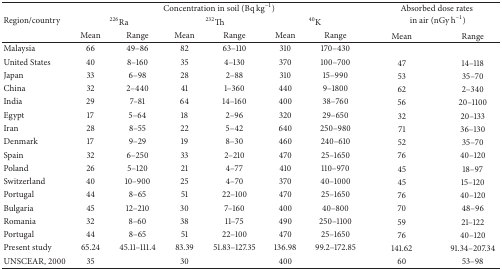
<table><thead><tr><td rowspan="3"><b>Region/country</b></td><td colspan="6"><b>Concentration in soil (Bq kg<sup>−1</sup>)</b></td><td rowspan="2" colspan="2"><b> Absorbed dose ratesin air (nGy h<sup>−1</sup>)</b></td></tr><tr><td colspan="2"><b><sup>226</sup>Ra</b></td><td colspan="2"><b><sup>232</sup>Th</b></td><td colspan="2"><b><sup>40</sup>K</b></td></tr><tr><td><b>Mean</b></td><td><b>Range</b></td><td><b>Mean</b></td><td><b>Range</b></td><td><b>Mean</b></td><td><b>Range</b></td><td><b>Mean</b></td><td><b>Range</b></td></tr></thead><tbody><tr><td>Malaysia</td><td>66</td><td>49–86</td><td>82</td><td>63–110</td><td>310</td><td>170–430</td><td> </td><td> </td></tr><tr><td>United States</td><td>40</td><td>8–160</td><td>35</td><td>4–130</td><td>370</td><td>100–700</td><td>47</td><td>14–118</td></tr><tr><td>Japan</td><td>33</td><td>6–98</td><td>28</td><td>2–88</td><td>310</td><td>15–990</td><td>53</td><td>35–70</td></tr><tr><td>China</td><td>32</td><td>2–440</td><td>41</td><td>1–360</td><td>440</td><td>9–1800</td><td>62</td><td>2–340</td></tr><tr><td>India</td><td>29</td><td>7–81</td><td>64</td><td>14–160</td><td>400</td><td>38–760</td><td>56</td><td>20–1100</td></tr><tr><td>Egypt</td><td>17</td><td>5–64</td><td>18</td><td>2–96</td><td>320</td><td>29–650</td><td>32</td><td>20–133</td></tr><tr><td>Iran</td><td>28</td><td>8–55</td><td>22</td><td>5–42</td><td>640</td><td>250–980</td><td>71</td><td>36–130</td></tr><tr><td>Denmark</td><td>17</td><td>9–29</td><td>19</td><td>8–30</td><td>460</td><td>240–610</td><td>52</td><td>35–70</td></tr><tr><td>Spain</td><td>32</td><td>6–250</td><td>33</td><td>2–210</td><td>470</td><td>25–1650</td><td>76</td><td>40–120</td></tr><tr><td>Poland</td><td>26</td><td>5–120</td><td>21</td><td>4–77</td><td>410</td><td>110–970</td><td>45</td><td>18–97</td></tr><tr><td>Switzerland</td><td>40</td><td>10–900</td><td>25</td><td>4–70</td><td>370</td><td>40–1000</td><td>45</td><td>15–120</td></tr><tr><td>Portugal</td><td>44</td><td>8–65</td><td>51</td><td>22–100</td><td>470</td><td>25–1650</td><td>76</td><td>40–120</td></tr><tr><td>Bulgaria</td><td>45</td><td>12–210</td><td>30</td><td>7–160</td><td>400</td><td>40–800</td><td>70</td><td>48–96</td></tr><tr><td>Romania</td><td>32</td><td>8–60</td><td>38</td><td>11–75</td><td>490</td><td>250–1100</td><td>59</td><td>21–122</td></tr><tr><td>Portugal</td><td>44</td><td>8–65</td><td>51</td><td>22–100</td><td>470</td><td>25–1650</td><td>76</td><td>40–120</td></tr><tr><td>Present study</td><td>65.24</td><td>45.11–111.4</td><td>83.39</td><td>51.83–127.35</td><td>136.98</td><td>99.2–172.85</td><td>141.62</td><td>91.34–207.34</td></tr><tr><td>UNSCEAR, 2000 </td><td>35</td><td> </td><td>30</td><td> </td><td>400</td><td> </td><td>60</td><td>53–98</td></tr></tbody></table>